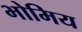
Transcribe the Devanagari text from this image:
भोमिय